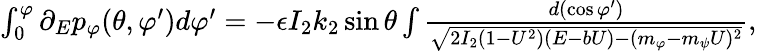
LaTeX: \begin{array}{r}{\int_{0}^{\varphi}\partial_{E}p_{\varphi}(\theta,\varphi^{\prime})d\varphi^{\prime}=-\epsilon I_{2}k_{2}\sin\theta\int\frac{d(\cos\varphi^{\prime})}{\sqrt{2I_{2}(1-U^{2})(E-bU)-(m_{\varphi}-m_{\psi}U)^{2}}},}\end{array}